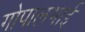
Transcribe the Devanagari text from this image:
गोपालभाई